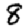
Digit: 8